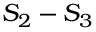
S _ { 2 } - S _ { 3 }